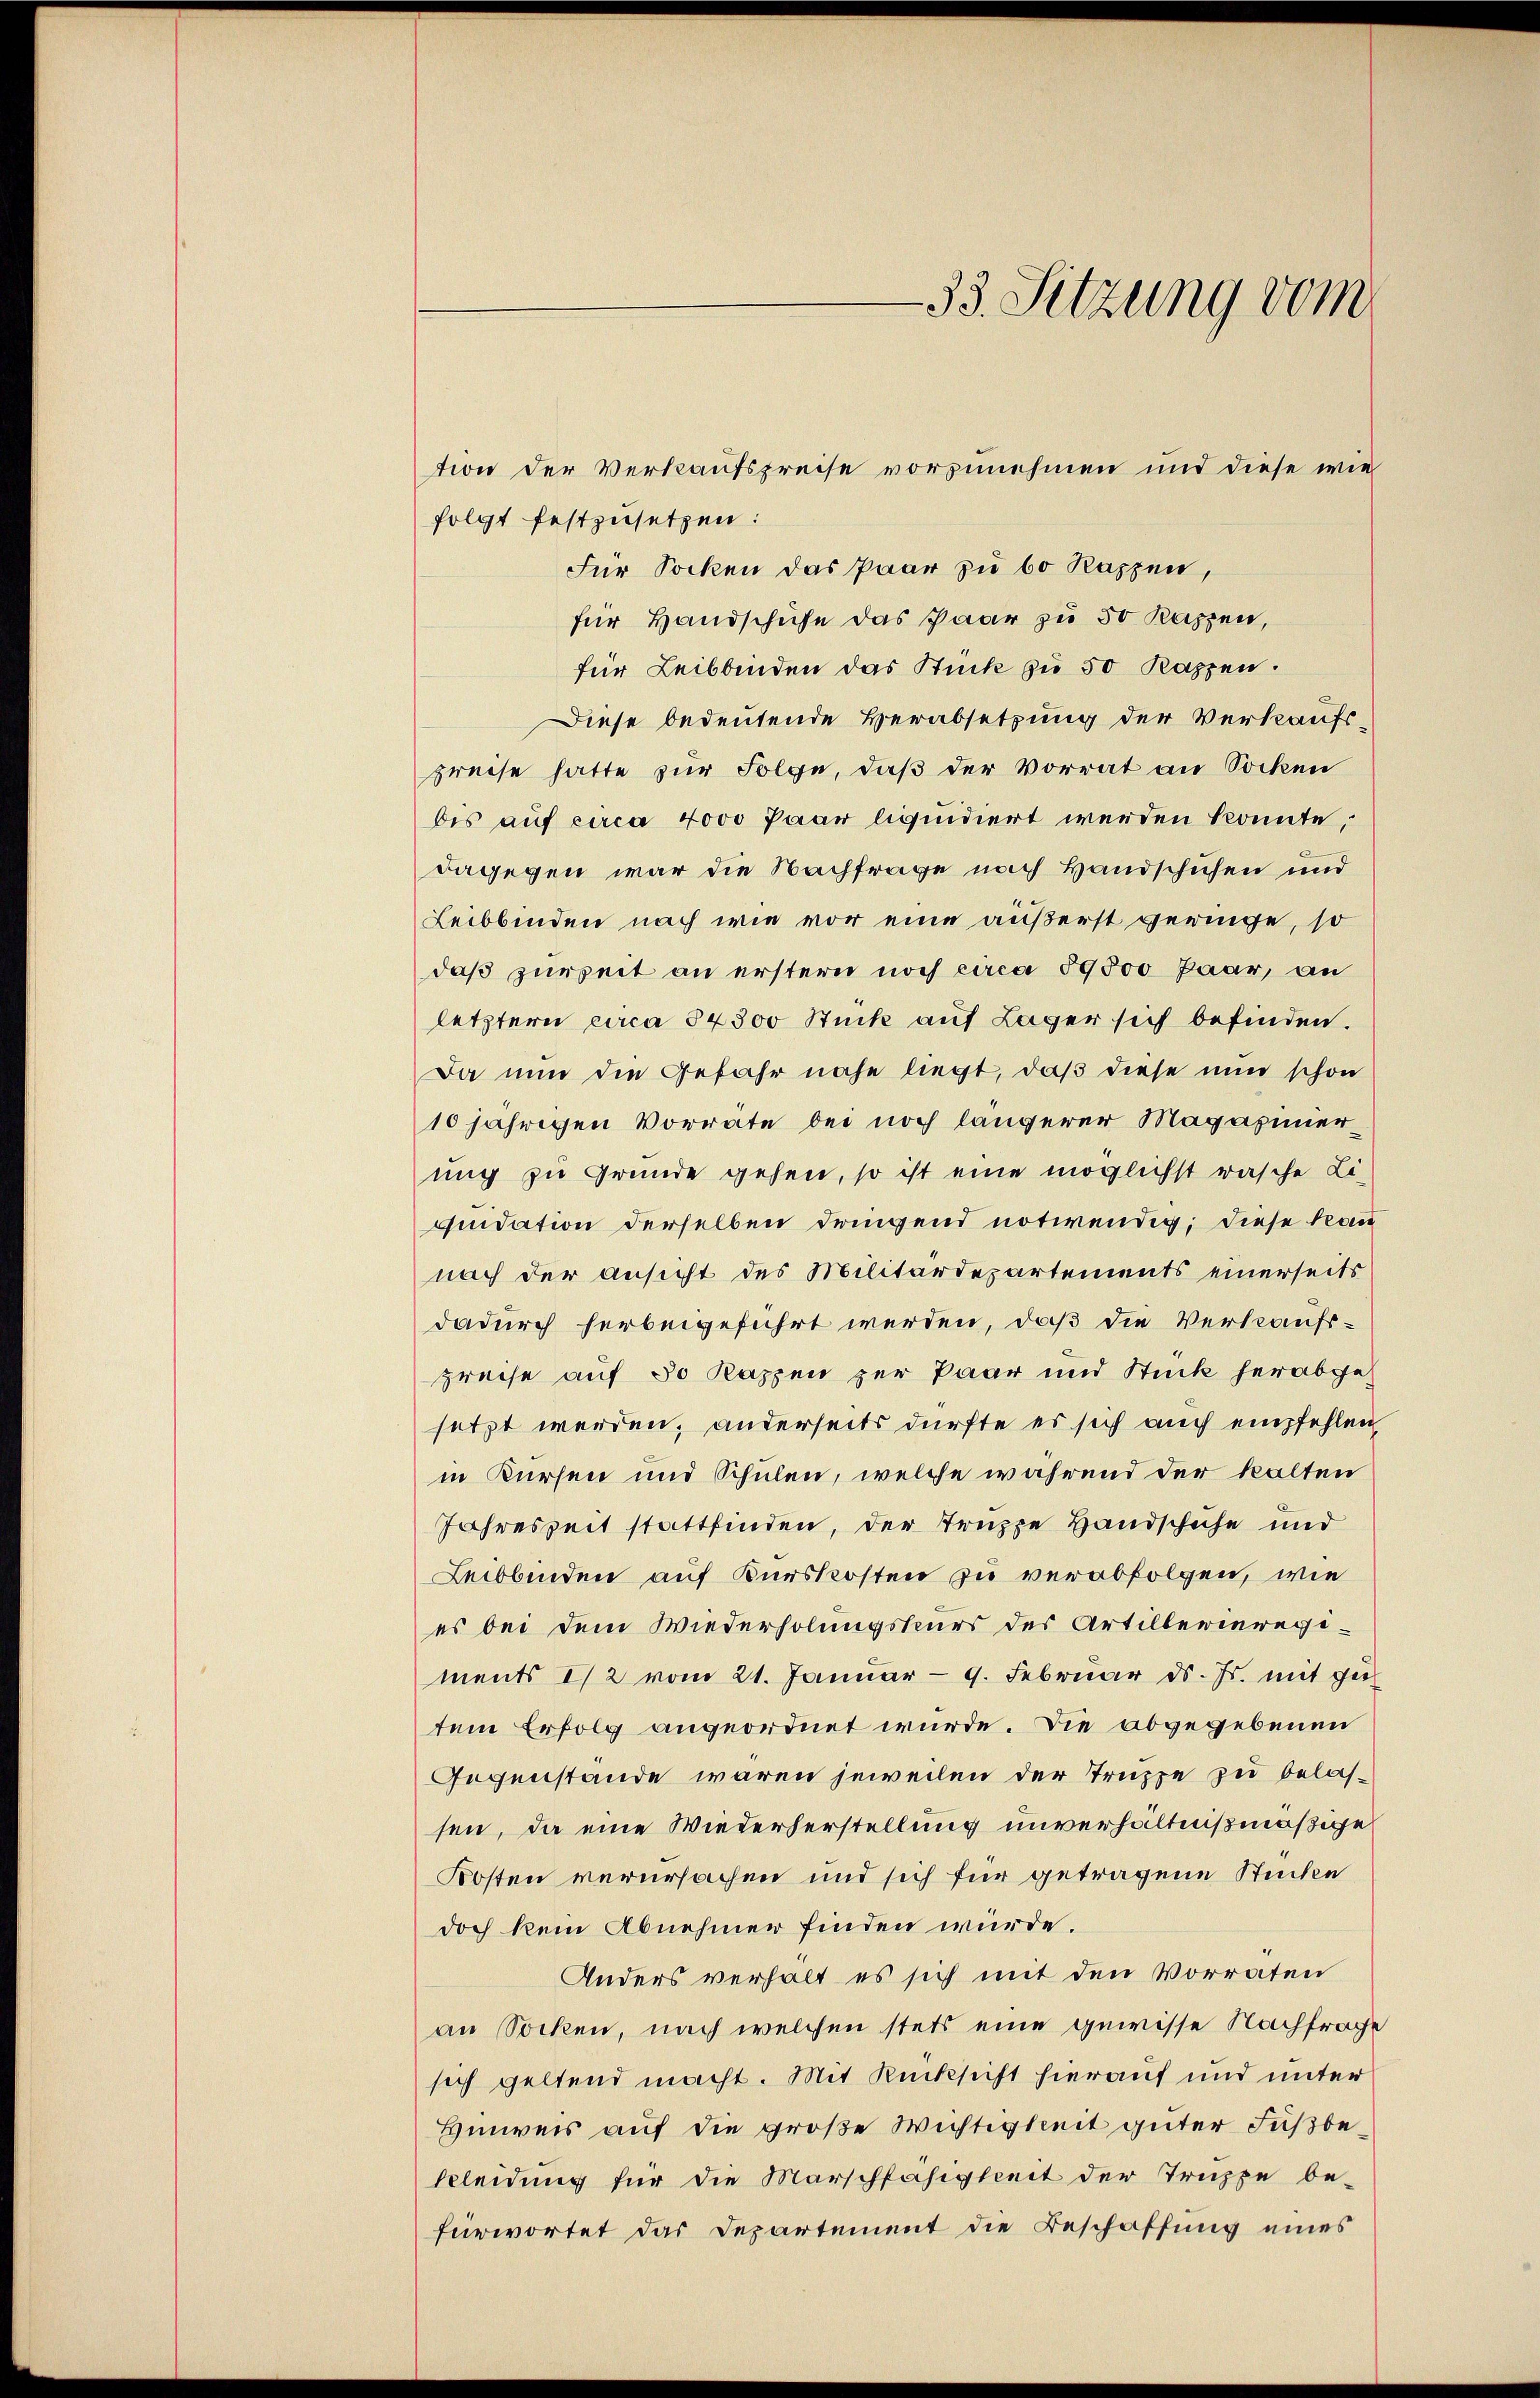
folgt festzusetzen:
Für Socken das Paar zu bo Rassen,
für Handschufe das Paar zu 50 Kappen,
für Leibbinden das Stück zu 50 Kappen.
Diese bedeutende Verabsetzung der Verkaufspreise hatte zur Folge, daß der Vorrat an Socken
bis auf circa 4000 Paar liquidiert werden konnte,
dagegen war die Nachfrage nach Handschuhen und
Leibbinden nach wie vor eine äußerst veringe, so
daß zurzeit an erstern noch circa 59500 Paar, an
letztern circa 84300 Stück auf Lager sich befinden.
Da nun die Gefahr nahe liegt, daß diese nun schon
10jährigen Vorrate bei noch längerer Magazinernig zu Grunde gehen, so ist eine möglichst rasche Li-
quidation derselben dringend notwendig; diese Bean
nach der Ansicht des Militärdepartements einerseits
dadurch herbeigeführt werden, daß die Verkaufspreise auf 30 Kappen zur Paar und Stück herabgesetzt werden; anderseits dürfte es sich auch empfehlen
in Kürsen und Schulen, welche während der kalten
Jahreszeit stattfinden, der Truppe Handschuhe und
Leibbinden auf Kurskosten zu verabfolgen, wie
es bei dem Wiederholungskurs des Artillerieregiments I 2 vom 21. Januar - 9. Februar d. Js. mit ge-
tem Erfolg angeordnet wurde. Die abgegebenen
Gegenstände waren jeweilen der Truppe zu belas-
sen, da eine Wiederherstellung unverhältnißmäßige
Kosten verursachen und sich für getragene Stücken
doch kein Abnehmer finden würde.
Anders verhalt es sich mit den Vorraten
an Socken, nach welchen stets eine gewisse Nachfrache
sich geltend macht. Mit Rücksicht hierauf und unter
Hinreis auf die große Wichtigkeit guter Fußbekleidung für die Marschfähigkeit der Truppe be-
fürwortet das Departement die Beschaffung eines

33. Sitzung vom

tion der Verkaufspreise vorzunehmen und diese wie